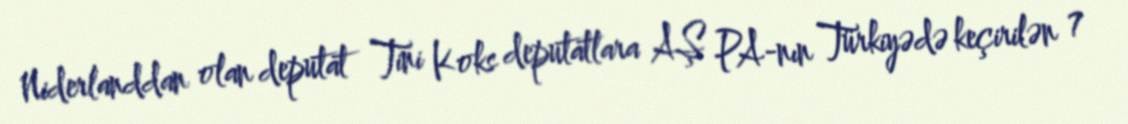
Niderlanddan olan deputat Tini Koks deputatlara AŞ PA-nın Türkiyədə keçirilən 7